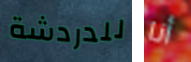
للدردشة أنا